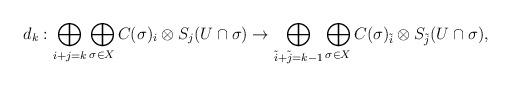
\begin{align*}d_k:\bigoplus_{i+j=k}\bigoplus_{\sigma\in X}C(\sigma)_i\otimes S_j(U\cap\sigma)\rightarrow \bigoplus_{\tilde{i}+\tilde{j}=k-1}\bigoplus_{\sigma\in X}C(\sigma)_{\tilde{i}}\otimes S_{\tilde{j}}(U\cap\sigma),\end{align*}